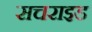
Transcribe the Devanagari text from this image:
सचराइड